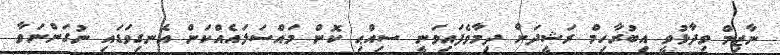
ނާޒިމް ވިދާޅުވީ އިބުރާހިމް ރަޝީދަށް ދިމާވެފައިވަނީ ސިއްޙި ކޮން މައްސަލައެއްކަން އެނގިވަޑައި ނުގަންނަވާ